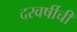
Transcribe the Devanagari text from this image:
दरवर्षीची